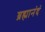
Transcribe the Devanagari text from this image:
ब्रह्मानंदं